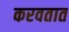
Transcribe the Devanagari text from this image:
करवतात